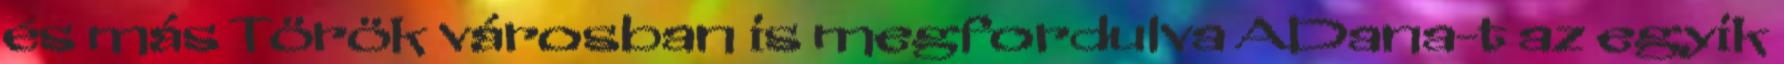
és más Török városban is megfordulva ADana-t az egyik